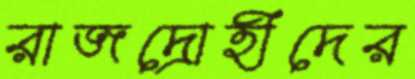
রাজদ্রোহীদের